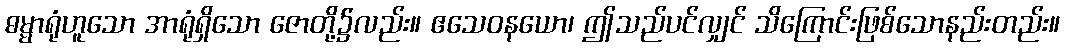
ဓမ္မာရုံဟူသော အာရုံရှိသော ဇောတို့၌လည်း။ ဧသေဝနယော၊ ဤသည်ပင်လျှင် သိကြောင်းဖြစ်သောနည်းတည်း။